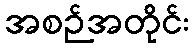
အစဉ်အတိုင်း